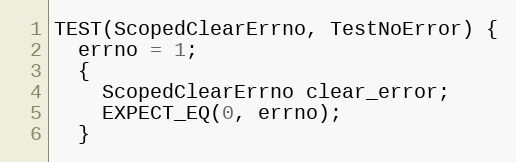
Language: C++
TEST(ScopedClearErrno, TestNoError) {
  errno = 1;
  {
    ScopedClearErrno clear_error;
    EXPECT_EQ(0, errno);
  }